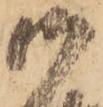
御